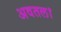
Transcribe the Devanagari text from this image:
अवतल।